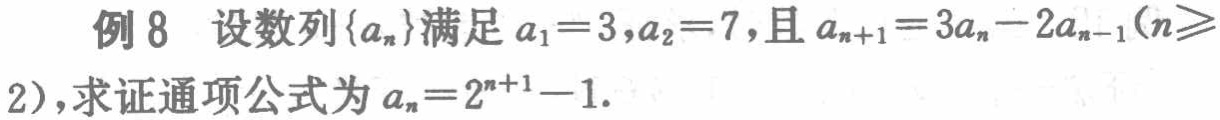
例8 设数列\(\{a_{n}\}\)满足\(a_{1}=3,a_{2}=7\),且\(a_{n + 1}=3a_{n}-2a_{n - 1}(n\geqslant2)\),求证通项公式为\(a_{n}=2^{n + 1}-1\).